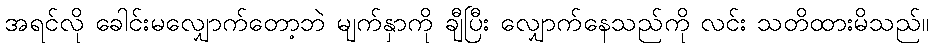
အရင်လို ခေါင်းမလျှောက်တော့ဘဲ မျက်နှာကို ချီပြီး လျှောက်နေသည်ကို လင်း သတိထားမိသည်။